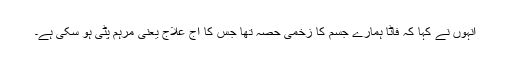
انہوں نے کہا کہ فاٹا ہمارے جسم کا زخمی حصہ تھا جس کا آج علاج یعنی مرہم پٹی ہو سکی ہے۔